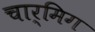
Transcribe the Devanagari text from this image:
चार्मिग